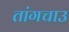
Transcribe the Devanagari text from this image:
तांगचाउ